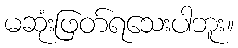
မဆုံးဖြတ်ရသေးပါဘူး။